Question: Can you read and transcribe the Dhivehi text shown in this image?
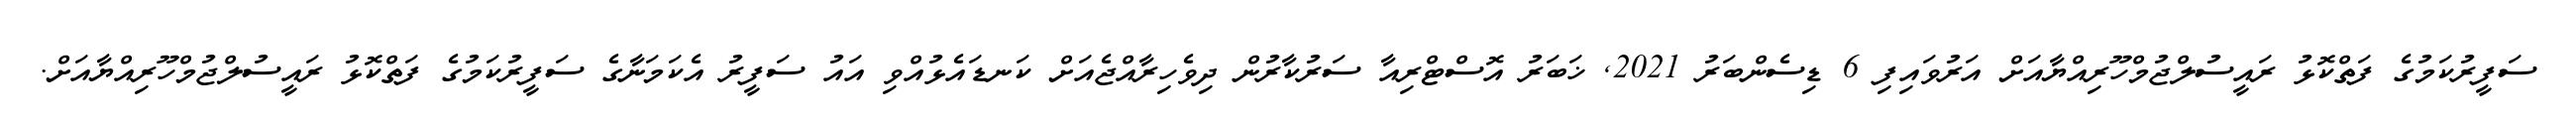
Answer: ސަފީރުކަމުގެ ފަތްކޮޅު ރައީސުލްޖުމްހޫރިއްޔާއަށް އަރުވައިފި 6 ޑިސެންބަރު 2021, ޚަބަރު އޮސްޓްރިއާ ސަރުކާރުން ދިވެހިރާއްޖެއަށް ކަނޑައެޅުއްވި އައު ސަފީރު އެކަމަނާގެ ސަފީރުކަމުގެ ފަތްކޮޅު ރައީސުލްޖުމްހޫރިއްޔާއަށް.